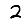
Digit: 2